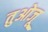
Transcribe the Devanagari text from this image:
तुओजू